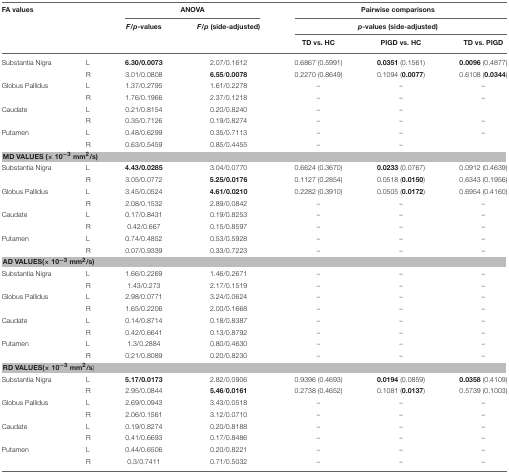
<table><thead><tr><td colspan="2"><b>FA values</b></td><td colspan="2"><b>ANOVA</b></td><td colspan="3"><b>Pairwise comparisons</b></td></tr><tr><td colspan="2"></td><td><b><i>F</i>/<i>p</i>-values</b></td><td><b><i>F</i>/<i>p</i> (side-adjusted)</b></td><td colspan="3"><b><i>p</i>-values (side-adjusted)</b></td></tr><tr><td></td><td colspan="2"></td><td></td><td><b>TD vs. HC</b></td><td><b>PIGD vs. HC</b></td><td><b>TD vs. PIGD</b></td></tr></thead><tbody><tr><td>Substantia Nigra</td><td>L</td><td><b>6.30/0.0073</b></td><td>2.07/0.1612</td><td>0.6867 (0.5991)</td><td><b>0.0351</b> (0.1561)</td><td><b>0.0096</b> (0.4877)</td></tr><tr><td></td><td>R</td><td>3.01/0.0808</td><td><b>6.55</b>/<b>0.0078</b></td><td>0.2270 (0.8649)</td><td>0.1094 (<b>0.0077</b>)</td><td>0.6108 (<b>0.0344</b>)</td></tr><tr><td>Globus Pallidus</td><td>L</td><td>1.37/0.2795</td><td>1.61/0.2278</td><td>–</td><td>–</td><td>–</td></tr><tr><td></td><td>R</td><td>1.76/0.1966</td><td>2.37/0.1218</td><td>–</td><td>–</td><td>–</td></tr><tr><td>Caudate</td><td>L</td><td>0.21/0.8154</td><td>0.20/0.8240</td><td>–</td><td>–</td><td></td></tr><tr><td></td><td>R</td><td>0.35/0.7126</td><td>0.19/0.8274</td><td>–</td><td>–</td><td>–</td></tr><tr><td>Putamen</td><td>L</td><td>0.48/0.6299</td><td>0.35/0.7113</td><td>–</td><td>–</td><td>–</td></tr><tr><td></td><td>R</td><td>0.63/0.5459</td><td>0.85/0.4455</td><td>–</td><td>–</td><td></td></tr><tr><td colspan="7"><b>MD VALUES (× 10<sup>−3</sup> mm<sup>2</sup>/s)</b></td></tr><tr><td>Substantia Nigra</td><td>L</td><td><b>4.43/0.0285</b></td><td>3.04/0.0770</td><td>0.6624 (0.3670)</td><td><b>0.0233</b> (0.0767)</td><td>0.0912 (0.4639)</td></tr><tr><td></td><td>R</td><td>3.05/0.0772</td><td><b>5.25/0.0176</b></td><td>0.1127 (0.2854)</td><td>0.0518 (<b>0.0150</b>)</td><td>0.6343 (0.1956)</td></tr><tr><td>Globus Pallidus</td><td>L</td><td>3.45/0.0524</td><td><b>4.61/0.0210</b></td><td>0.2282 (0.3910)</td><td>0.0505 (<b>0.0172</b>)</td><td>0.6954 (0.4160)</td></tr><tr><td></td><td>R</td><td>2.08/0.1532</td><td>2.89/0.0842</td><td>–</td><td>–</td><td>–</td></tr><tr><td>Caudate</td><td>L</td><td>0.17/0.8431</td><td>0.19/0.8253</td><td>–</td><td>–</td><td>–</td></tr><tr><td></td><td>R</td><td>0.42/0.667</td><td>0.15/0.8597</td><td>–</td><td>–</td><td>–</td></tr><tr><td>Putamen</td><td>L</td><td>0.74/0.4852</td><td>0.53/0.5928</td><td>–</td><td>–</td><td>–</td></tr><tr><td></td><td>R</td><td>0.07/0.9339</td><td>0.33/0.7223</td><td>–</td><td>–</td><td>–</td></tr><tr><td colspan="7"><b>AD VALUES(× 10<sup>−3</sup> mm<sup>2</sup>/s)</b></td></tr><tr><td>Substantia Nigra</td><td>L</td><td>1.66/0.2269</td><td>1.46/0.2671</td><td>–</td><td>–</td><td>–</td></tr><tr><td></td><td>R</td><td>1.43/0.273</td><td>2.17/0.1519</td><td>–</td><td>–</td><td>–</td></tr><tr><td>Globus Pallidus</td><td>L</td><td>2.98/0.0771</td><td>3.24/0.0624</td><td>–</td><td>–</td><td>–</td></tr><tr><td></td><td>R</td><td>1.65/0.2206</td><td>2.00/0.1668</td><td>–</td><td>–</td><td>–</td></tr><tr><td>Caudate</td><td>L</td><td>0.14/0.8714</td><td>0.18/0.8387</td><td>–</td><td>–</td><td>–</td></tr><tr><td></td><td>R</td><td>0.42/0.6641</td><td>0.13/0.8792</td><td>–</td><td>–</td><td>–</td></tr><tr><td>Putamen</td><td>L</td><td>1.3/0.2884</td><td>0.80/0.4630</td><td>–</td><td>–</td><td>–</td></tr><tr><td></td><td>R</td><td>0.21/0.8089</td><td>0.20/0.8230</td><td>–</td><td>–</td><td>–</td></tr><tr><td colspan="7"><b>RD VALUES(× 10<sup>−3</sup> mm<sup>2</sup>/s</b>)</td></tr><tr><td>Substantia Nigra</td><td>L</td><td><b>5.17/0.0173</b></td><td>2.82/0.0906</td><td>0.9396 (0.4693)</td><td><b>0.0194</b> (0.0859)</td><td><b>0.0358</b> (0.4109)</td></tr><tr><td></td><td>R</td><td>2.95/0.0844</td><td><b>5.46</b>/<b>0.0161</b></td><td>0.2738 (0.4652)</td><td>0.1081 (<b>0.0137</b>)</td><td>0.5739 (0.1003)</td></tr><tr><td>Globus Pallidus</td><td>L</td><td>2.69/0.0943</td><td>3.43/0.0518</td><td>–</td><td>–</td><td>–</td></tr><tr><td></td><td>R</td><td>2.06/0.1561</td><td>3.12/0.0710</td><td>–</td><td>–</td><td>–</td></tr><tr><td>Caudate</td><td>L</td><td>0.19/0.8274</td><td>0.20/0.8188</td><td>–</td><td>–</td><td>–</td></tr><tr><td></td><td>R</td><td>0.41/0.6693</td><td>0.17/0.8486</td><td>–</td><td>–</td><td>–</td></tr><tr><td>Putamen</td><td>L</td><td>0.44/0.6506</td><td>0.20/0.8221</td><td>–</td><td>–</td><td>–</td></tr><tr><td></td><td>R</td><td>0.3/0.7411</td><td>0.71/0.5032</td><td>–</td><td>–</td><td>–</td></tr></tbody></table>